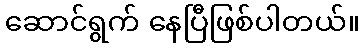
ဆောင်ရွက် နေပြီဖြစ်ပါတယ်။